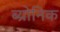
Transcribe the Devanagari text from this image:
ब्य्रोनिक